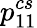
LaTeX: {p}_{11}^{cs}